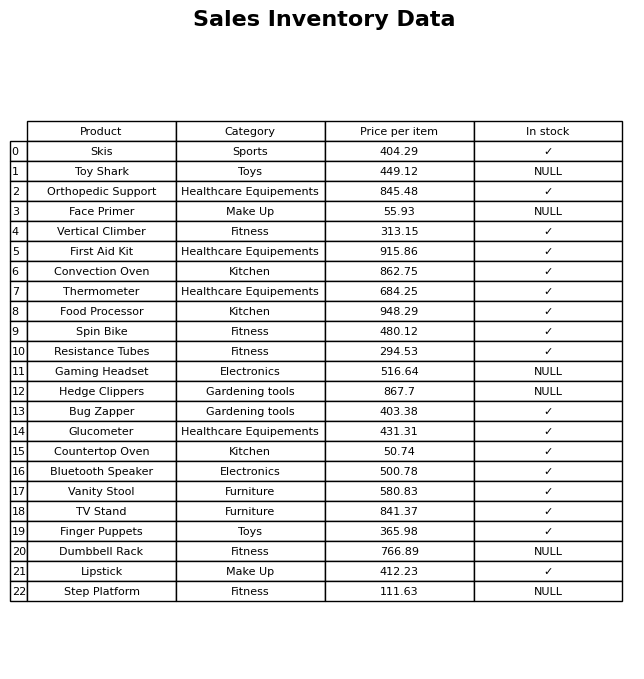
question: Is the Convection Oven in stock?
answer: ✓